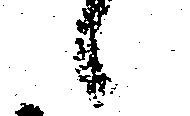
候